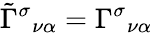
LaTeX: \tilde{\Gamma}^{\sigma}{}_{\nu\alpha}=\Gamma^{\sigma}{}_{\nu\alpha}